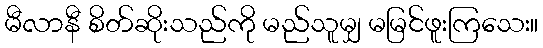
မီလာနီ စိတ်ဆိုးသည်ကို မည်သူမျှ မမြင်ဖူးကြသေး။